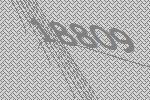
18809